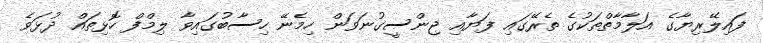
ފައިލޭރިޔާގެ އަލާމާތްތަކުގެ ތެރޭގައި ފަޔާއި ޖިންސީގުނަވަން ހިމެނޭ ހިސާބުގައިވާ ލިމްފް ހޮޅިތައް ދުޅަވެ